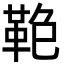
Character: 𩊋